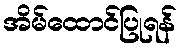
အိမ်ထောင်ပြုရန်